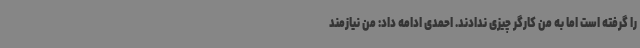
را گرفته است اما به من کارگر چیزی ندادند. احمدی ادامه داد: من نیازمند